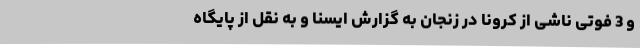
و 3 فوتی ناشی از کرونا در زنجان به گزارش ایسنا و به نقل از پایگاه